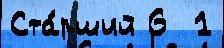
Ста́рший 6  1